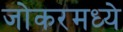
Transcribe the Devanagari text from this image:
जोकरमध्ये